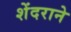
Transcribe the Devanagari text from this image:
शेंदराने